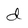
Character: d